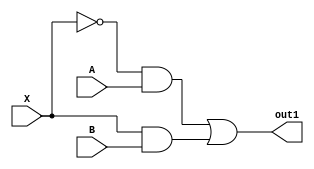
module multiplex_gatelevel(A , B , X , out1);

input A , B , X ; 
output out1 ;  

wire not_x ; 
wire out_and1 , out_and2 ;

not not1(not_X , X);
and and1(out_and1 , not_X , A);
and and2(out_and2 , X , B);

or or1(out1 , out_and1, out_and2);

endmodule

/*module multiplex_dataflowlevel(A , B , X , out1);

input A , B , X ; 
output out1 ;

assign out1 = ((~X&A)&A|(B&X));

endmodule
*/

/*module multiplex_behavior(A , B , X , out1);
input A , B , X ; 
output reg out1 ; 

always@(*)
begin
if (X == 0)
out1 = A ; 
else
out2 = B ; 
endmodule

*/